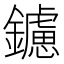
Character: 鑢